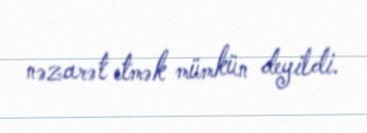
nəzarət etmək mümkün deyildi.